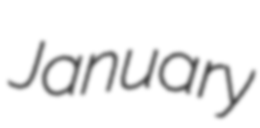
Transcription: January